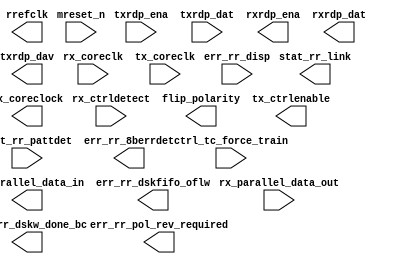
// Generated by SerialLite II 14.1 [Altera, IP Toolbench 1.3.0 Build 190]
// ************************************************************
// THIS IS A WIZARD-GENERATED FILE. DO NOT EDIT THIS FILE!
// ************************************************************
// Copyright (C) 1991-2015 Altera Corporation
// Any megafunction design, and related net list (encrypted or decrypted),
// support information, device programming or simulation file, and any other
// associated documentation or information provided by Altera or a partner
// under Altera's Megafunction Partnership Program may be used only to
// program PLD devices (but not masked PLD devices) from Altera.  Any other
// use of such megafunction design, net list, support information, device
// programming or simulation file, or any other related documentation or
// information is prohibited for any other purpose, including, but not
// limited to modification, reverse engineering, de-compiling, or use with
// any other silicon devices, unless such use is explicitly licensed under
// a separate agreement with Altera or a megafunction partner.  Title to
// the intellectual property, including patents, copyrights, trademarks,
// trade secrets, or maskworks, embodied in any such megafunction design,
// net list, support information, device programming or simulation file, or
// any other related documentation or information provided by Altera or a
// megafunction partner, remains with Altera, the megafunction partner, or
// their respective licensors.  No other licenses, including any licenses
// needed under any third party's intellectual property, are provided herein.

module four_lane_seriallite (
	rx_parallel_data_out,
	rx_coreclk,
	rx_ctrldetect,
	stat_rr_pattdet,
	err_rr_disp,
	tx_coreclk,
	ctrl_tc_force_train,
	mreset_n,
	txrdp_ena,
	txrdp_dat,
	flip_polarity,
	rrefclk,
	stat_rr_link,
	err_rr_8berrdet,
	tx_parallel_data_in,
	tx_ctrlenable,
	tx_coreclock,
	rxrdp_ena,
	rxrdp_dat,
	txrdp_dav,
	err_rr_pol_rev_required,
	err_rr_dskfifo_oflw,
	stat_rr_dskw_done_bc);

	input	[127:0]	rx_parallel_data_out;
	input		rx_coreclk;
	input	[15:0]	rx_ctrldetect;
	input	[15:0]	stat_rr_pattdet;
	input	[15:0]	err_rr_disp;
	input		tx_coreclk;
	input		ctrl_tc_force_train;
	input		mreset_n;
	input		txrdp_ena;
	input	[127:0]	txrdp_dat;
	output	[3:0]	flip_polarity;
	output		rrefclk;
	output		stat_rr_link;
	output	[15:0]	err_rr_8berrdet;
	output	[127:0]	tx_parallel_data_in;
	output	[15:0]	tx_ctrlenable;
	output		tx_coreclock;
	output		rxrdp_ena;
	output	[127:0]	rxrdp_dat;
	output		txrdp_dav;
	output	[3:0]	err_rr_pol_rev_required;
	output		err_rr_dskfifo_oflw;
	output		stat_rr_dskw_done_bc;
endmodule